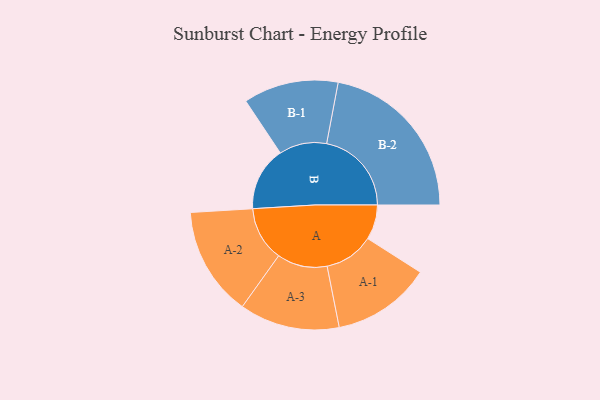
{"axis": {"x": "Segment", "y": "Value"}, "legend": ["", "A", "B"], "data": [{"x": "A", "y": 123, "type": ""}, {"x": "B", "y": 226, "type": ""}, {"x": "A-1", "y": 175, "type": "A"}, {"x": "A-2", "y": 193, "type": "A"}, {"x": "A-3", "y": 177, "type": "A"}, {"x": "B-1", "y": 168, "type": "B"}, {"x": "B-2", "y": 300, "type": "B"}]}